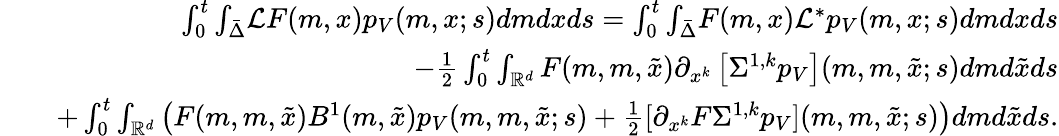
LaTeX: \begin{array}{rlr}&{}&{\int_{0}^{t}{\int_{\bar{\Delta}}}{\cal L}F(m,x)p_{V}(m,x;s)dmdxds=\int_{0}^{t}{\int_{\bar{\Delta}}}F(m,x)\mathcal{L}^{*}p_{V}(m,x;s)dmdxds}\\ &{}&{{-\frac{1}{2}\int_{0}^{t}\int_{{\mathbb R}^{d}}F(m,m,\tilde{x})\partial_{x^{k}}\left[\Sigma^{1,k}p_{V}\right](m,m,\tilde{x};s)dmd\tilde{x}ds}}\\ &{}&{+\int_{0}^{t}\int_{\mathbb{R}^{d}}\left(F(m,m,\tilde{x})B^{1}(m,\tilde{x})p_{V}(m,m,\tilde{x};s)+\frac{1}{2}[\partial_{x^{k}}F\Sigma^{1,k}p_{V}](m,m,\tilde{x};s)\right)dmd\tilde{x}ds.}\end{array}